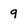
Character: 9